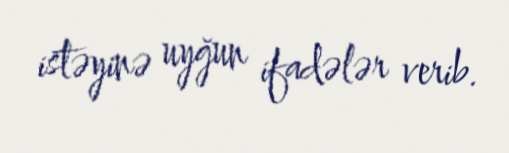
istəyinə uyğun ifadələr verib.